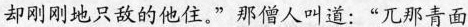
却刚刚地只敌的他住。“那僧人叫道：”兀那青面